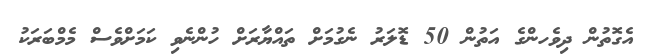
އެގޮތުން ދިވެހންގެ އަތުން 50 ޑޮލަރު ނެގުމަށް ތައްޔާރަށް ހުންނެވި ކަމަށްވެސް މެމްބަރަކު